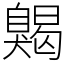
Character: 𦤦